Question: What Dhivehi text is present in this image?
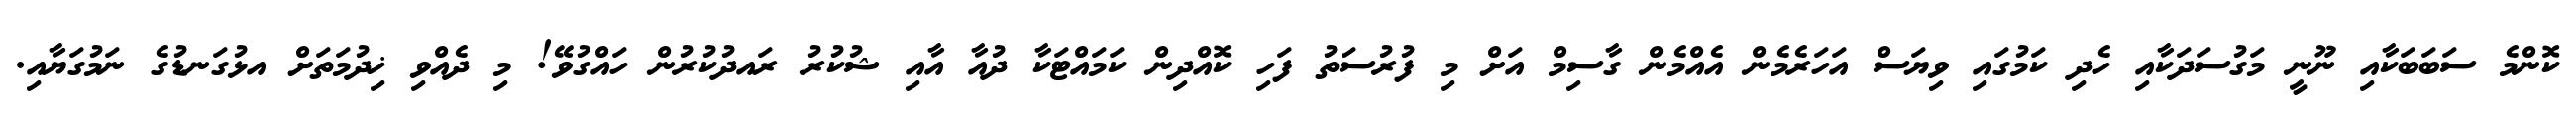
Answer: ކޮންމެ ސަބަބަކާއި ނޫނީ މަގުސަދަކާއި ހެދި ކަމުގައި ވިޔަސް އަހަރެމެން އެއްމެން ގާސިމް އަށް މި ފުރުސަތު ފަހި ކޮއްދިން ކަމައްޓަކާ ދުއާ އާއި ޝުކުރު ރައދުކުރުން ހައްގުވޭ! މި ދެއްވި ޚިދުމަތަށް އޅުގަނޑުގެ ނަމުގަޔާއި.